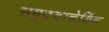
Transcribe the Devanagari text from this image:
समुद्रदाचेयिंद